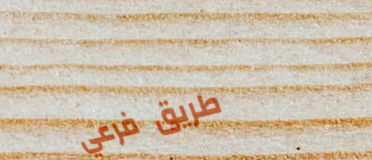
طريق فرعي